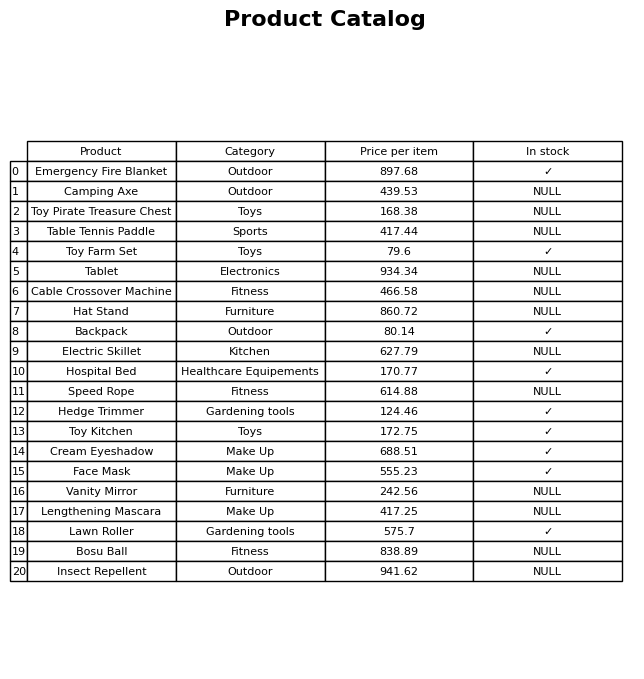
question: What is the price of the Bosu Ball?
answer: The price of Bosu Ball is 838.89.